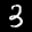
Label: 3